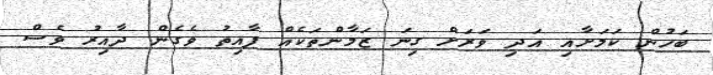
ބަހުން ކަމަށާއި އަދި ވަރަށް ގިނަ ޒަމާންތަކެއް ފާއިތު ވެގެން ދާއިރު ވެސް